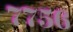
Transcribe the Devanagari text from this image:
७७५६